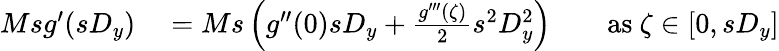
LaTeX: \begin{array}{rlrl}{Msg^{\prime}(sD_{y})}&{{}=Ms\left(g^{\prime\prime}(0)sD_{y}+{\frac{g^{\prime\prime\prime}(\zeta)}{2}}s^{2}D_{y}^{2}\right)}&{}&{{}{\mathrm{as~}}\zeta\in[0,sD_{y}]}\end{array}